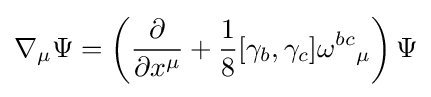
\nabla _{\mu }\Psi =\left({\frac {\partial }{\partial x^{\mu }}}+{\frac {1}{8}}[\gamma _{b},\gamma _{c}]{\omega ^{bc}}_{\mu }\right)\Psi